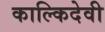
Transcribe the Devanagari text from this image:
काल्किदेवी